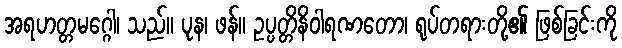
အရဟတ္တမဂ္ဂေါ၊ သည်။ ပုန၊ ဖန်။ ဥပ္ပတ္တိနိဝါရဏတော၊ ရုပ်တရားတို့၏ ဖြစ်ခြင်းကို